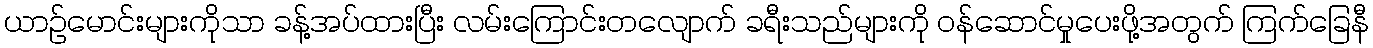
ယာဉ်မောင်းများကိုသာ ခန့်အပ်ထားပြီး လမ်းကြောင်းတလျောက် ခရီးသည်များကို ဝန်ဆောင်မှုပေးဖို့အတွက် ကြက်ခြေနီ